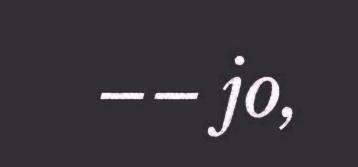
–– jo,